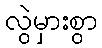
လွဲမှားစွာ